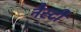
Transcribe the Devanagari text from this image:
नैस्टी